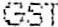
GST